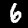
Label: 6